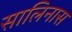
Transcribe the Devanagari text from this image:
सालिनास